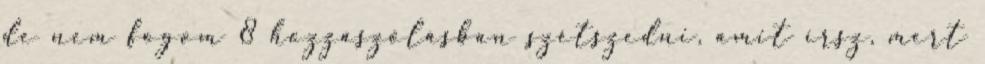
de nem fogom 8 hozzászólásban szétszedni, amit írsz, mert